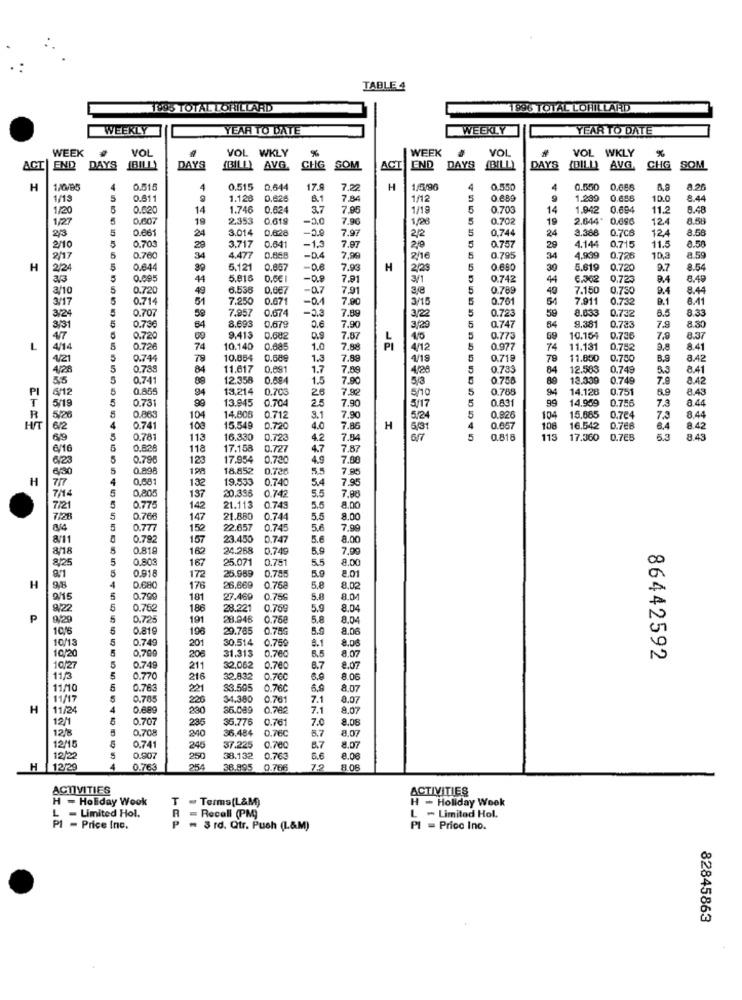
TABLE 4
1995 TOTAL LORILLARD
1996 TOTAL LOHILLARD
WEEKLY
YEAR TO DATE
WEEKLY
YEAR TO DATE
WEEK
VOL
VOL WKLY
VOL
WEEK
VOL
VOL
WKLY
%
ACT
END DAYS
BILLY
DAYS
(BILLY AVG.
AVG.
CHG SOM
SOM
ACI
END
DAYS
(BILLY
DAYS
{DILLY AVG
CHG
SOM
H
0.515
0.515
0.644
17.9
H
1/5/96
0.550
4
0.550
0.665
8.8
8.26
1/13
5
0.611
1.123
0.624
8.1
7.84
1/12
0.889
9
1.299
0.686
10.0
8.44
1/20
0.620
14
1.746
0.624
3.7
7.95
1/19
0.703
14
1.942
0.694
11.2
8.48
1/2
5
0.007
19
2,353
0.619
-5.0
7.96
1/28
5
0.702
19
2.644"
12.4
8.58
23
5
0.661
24
3.014
0.628
7.97
2/2
0.744
24
3.388
0.7CB
124
8.56
0.70
0.641
4.14:
8.50
2/10
5
29
3.717
-1.3
7.97
20
0.757
29
0.715
11.5
2/17
5
0.760
34
4.477
-D.4
7,99
2/16
5
0.795
34
4.999
0.726
10,3
8 59
H
2/24
5
0.64
39
5.121
0.857
-p.6
7.93
H
2/2
5
0.690
30
5.619
0.720
9.7
8.54
a3
5
0.695
44
5.810
-0.9
7.9
3/1
0.742
44
6.302
0.72
8.49
3/10
5
0.72
49
6.538
-0.7
7.91
5
0.789
49
7.150
0.750
9.4
8.44
3/17
5
0.714
51
7.250
0.671
7.90
3/15
0.701
54
7.911
0.732
B.1
8.41
5
0.707
59
7.957
0.674
-2.3
7.89
59
8.633
8.5
8.33
3/24
3/22
5
0.723
9.381
0.732
3/31
5
0.736
64
8.693
0.679
0.6
7.90
3/29
0.747
64
0.723
7.9
8.30
47
0.720
09
9.413
0.682
0.9
7.87
40
0.773
69
10.16
0.73
7,9
8.37
L
4/14
5
0.726
74
10.140
0.685
1.0
7.88
4/12
0.977
74
11.131
0.782
9.8
8.41
4/21
5
0.74
78
10.054
0,689
1.3
7.89
4/19
0.718
79
11.850
0.750
8.9
8.42
4/28
5
0,739
84
11.617
0,891
1.7
7,89
4/26
0.733
84
12.580
0,749
3.3
8.41
5
0.74
89
12.358
0.684
1.5
7.90
53
0.758
89
13.339
0.749
7.9
8.42
PI
5
0.86
94
13,214
0.70
26
7.82
5
0.788
94
14.128
0.751
6.9
8.43
6/12
5
0.731
99
13.945
0.704
2.5
7.90
0.831
99
14.959
0.756
7.3
8.44
T
5/19
5/17
5
R
5/26
0.86
104
14.80
0.712
3.1
7.90
5.24
5
0.826
104
15,665
0.784
7.3
8.44
HIT
6/2
0.74
108
15.549
0.72C
4.0
7,86
H
0.057
108
16.542
0.766
6.4
8.42
69
5
0.781
113
16.330
0.723
4.2
7,84
5
0.816
113
17.360
0.7EB
5.3
8.43
6/16
5
0.82
118
17.158
0.727
4.7
7.87
6/23
5
0.796
123
17.954
0.780
4.9
7.88
5
198
18.852
0.726
55
7.85
H
0.68
132
19.533
0.740
5.4
7.95
717
0,80
0.747
5.5
7.98
7/14
5
137
20.336
7/21
0.77
142
21.113
0.745
5.5
8.00
7/28
5
0.76€
147
21.880
0.74
5.5
8.00
8/4
0.77
152
22.657
0.74.
5.6
7.90
8/11
0.79
157
23.450
0,747
8.00
8/18
0.81
162
24.268
0.749
5.9
7.90
8/25
5
0.80
167
25.071
0.751
5.5
8.00
5
0.918
0,785
5.9
2.01
172
25.989
H
98
4
0.68
176
26.669
0.758
5.8
8.02
9/15
5
0.799
181
27.469
0.75€
5.8
8/22
5
0.76
186
28.221
0.759
5.9
8.04
P
9/29
5
0,72
191
28.946
0.758
5,8
10/6
5
0.81
196
20.785
0.75G
5.9
8.06
10/13
0.749
30.514
0.759
5
0,70
201
8.1
8.07
10/2
206
31.313
0.760
8.5
86442592
10/27
5
0.74
211
32,062
0.780
6.7
8.07
11/3
5
0.770
216
32.832
0.760
8.06
11/10
5
0.763
221
$3.505
0.76℃
6,9
8.07
11/17
5
0.765
220
34.380
0.761
7.1
0.07
H
11/2
4
0.689
230
36.089
7.1
8.07
12/1
0.707
236
36.776
0.761
7.0
8.08
12/8
0,708
340
36.484
0.76C
8.7
8.07
12/15
0.741
246
37.225
0.700
6.7
8.07
12/22
5
0.907
250
38.132
0.763
6.6
8.00
H 12/29
4
0.763
254
38.895
0.766
12
8.06
ACTIVITIES
ACTIVITIES
H - Holiday Wook
T - Terms[L&M)
H - Holiday Week
L - Limited Hol.
R = Recall (PM)
L - Limited Hol.
PI - Price Inc.
3 rd. Qtr. Push (L&M)
PI = Pricc Ino.
82845863